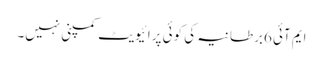
ایم آئی 6برطانیہ کی کوئی پرائیویٹ کمپنی نہیں۔